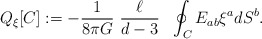
\begin{align*}Q_{\xi }[C]:=-\frac{1}{8\pi G}~\frac{\ell}{d-3}~~\oint_{C} E_{ab}\xi^{a}dS^{b}. \end{align*}